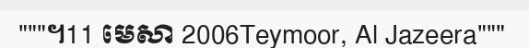
"""។11 មេសា 2006Teymoor, Al Jazeera"""